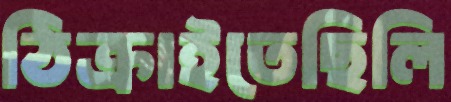
ঠিক্‌রাইতেছিলি